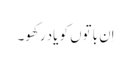
اِن باتوں کو یاد رکھو۔